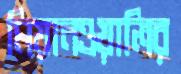
মিয়ানওয়ালির